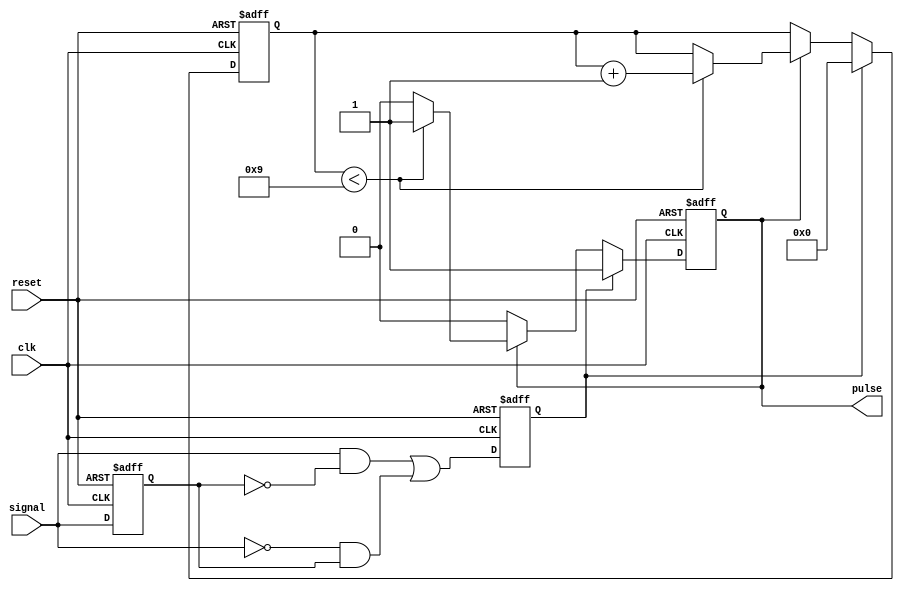
module monostable_edge_detector (
    input wire signal,        // Input signal to detect edges
    input wire clk,          // Clock signal
    input wire reset,        // Reset signal
    output reg pulse         // Output pulse
);

    // Parameter for pulse width (in clock cycles)
    parameter PULSE_WIDTH = 10;  // Adjust as needed

    // State variables
    reg signal_d;              // Delayed version of the input signal
    reg [3:0] counter;         // Counter for pulse width
    reg edge_detected;         // Edge detection flag

    // Edge detection logic
    always @(posedge clk or posedge reset) begin
        if (reset) begin
            signal_d <= 1'b0;
            edge_detected <= 1'b0;
        end else begin
            signal_d <= signal; // Store the previous state of the signal
            
            // Detect rising or falling edge
            edge_detected <= (signal && !signal_d) || (!signal && signal_d);
        end
    end

    // Pulse generation logic
    always @(posedge clk or posedge reset) begin
        if (reset) begin
            pulse <= 1'b0;
            counter <= 4'b0;
        end else begin
            if (edge_detected) begin
                pulse <= 1'b1;       // Start the pulse
                counter <= 4'b0;     // Reset counter
            end else if (pulse) begin
                if (counter < PULSE_WIDTH - 1) begin
                    counter <= counter + 1; // Increment counter
                end else begin
                    pulse <= 1'b0;   // End the pulse after the duration
                end
            end
        end
    end

endmodule